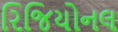
રિજિયોનલ